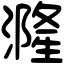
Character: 漋